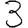
Digit: 3